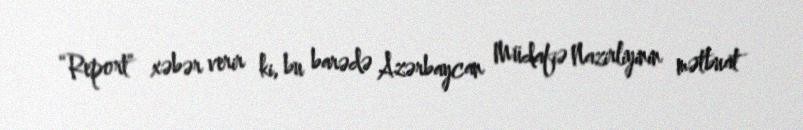
“Report” xəbər verir ki, bu barədə Azərbaycan Müdafiə Nazirliyinin mətbuat